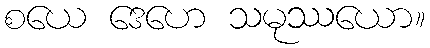
စယေ ဒေဟေ သမုဿယော။